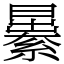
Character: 㬧